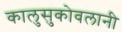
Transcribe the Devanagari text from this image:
कालुसुकोवलानी